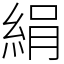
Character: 絹